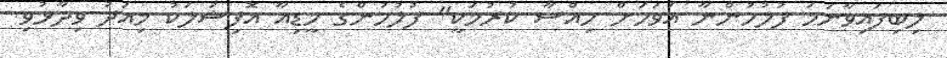
ލިބިފައިވާނަމަ ފުލުުހުންނާ އަވަހަށް ހިއްސާ ކުރުމަކީ" ފުލުހުންގެ މީޑިއާ އޮފިޝަލަކު މިއަދު ވިދާޅުވި